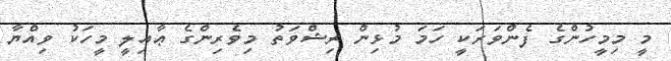
މީ މިމީހުންގެ ފެންވަރަކީ ހަމަ މުޅިން ރިޝްވަތު މިވެރިންގެ ޢާއިލީ މީހަކު ވިއްޔާ